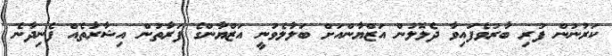
ކަރުނުން ފުރި ބާރުވެފައިވާ ދެލޮލުން އަޒްޔާންއަށް ބަލާލެވުނީ އަޒްޔާންގެ ފަރާތުން އިޝާރާތެއް ފެނިދާނެ